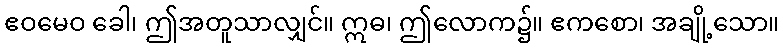
ဧဝမေဝ ခေါ၊ ဤအတူသာလျှင်။ ဣဓ၊ ဤလောက၌။ ဧကစော၊ အချို့သော။